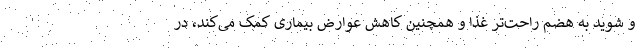
و شوید به هضم راحت‌تر غذا و همچنین کاهش عوارض بیماری کمک می‌کند، در